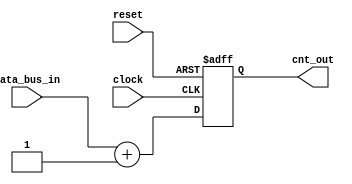

module counter     ( clock,
                     reset,
                     data_bus_in,
                     cnt_out
                    );


input       clock, reset;
input  [7:0] data_bus_in;

output [7:0] cnt_out;

reg    [7:0] cnt_out;

always @ (posedge clock or posedge reset)
      if (reset)
         cnt_out <= 8'b00000000;
      else
         cnt_out <= data_bus_in + 1;
                 
endmodule